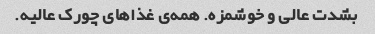
بشدت عالی و خوشمزه. همه‌ی غذا‌های چورک عالیه.